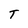
Character: T